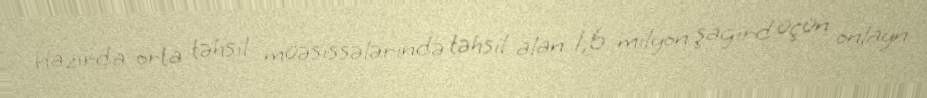
Hazırda orta təhsil müəsissələrində təhsil alan 1,6 milyon şagird üçün onlayn